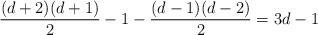
LaTeX: \begin{align*}\frac{(d + 2)(d + 1)}{2} - 1 - \frac{(d - 1)(d - 2)}{2} = 3d - 1\end{align*}